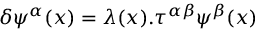
\delta \psi ^ { \alpha } ( x ) = \lambda ( x ) . \tau ^ { \alpha \beta } \psi ^ { \beta } ( x )